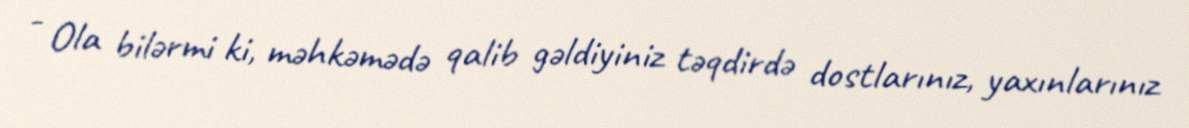
- Ola bilərmi ki, məhkəmədə qalib gəldiyiniz təqdirdə dostlarınız, yaxınlarınız